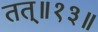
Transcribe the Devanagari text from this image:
तत्॥१३॥